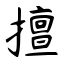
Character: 擅